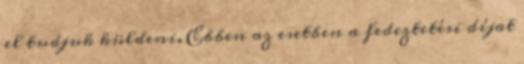
el tudjuk küldeni. Ebben az esetben a fedeztetési díjat